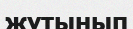
жұтынып